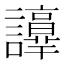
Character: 𧭺